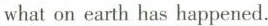
what on earth has happened.